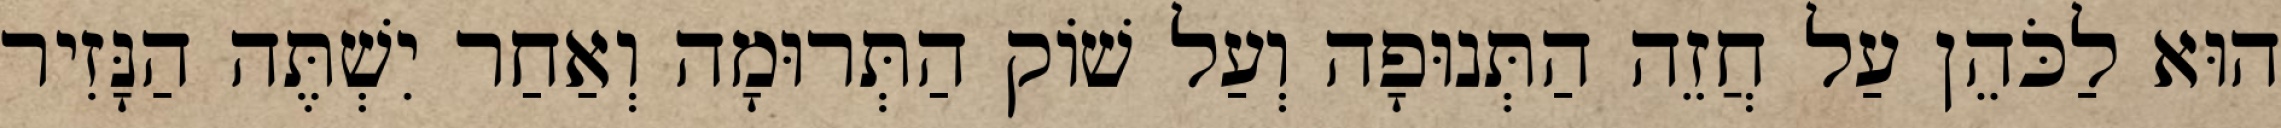
הוּא לַכֹּהֵן עַל חֲזֵה הַתְּנוּפָה וְעַל שׁוֹק הַתְּרוּמָה וְאַחַר יִשְׁתֶּה הַנָּזִיר